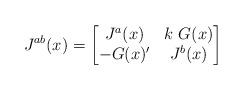
LaTeX: \begin{align*}J^{ab}(x) = \begin{bmatrix}J^a(x) & k \ G(x) \\ -G(x)' & J^b(x) \end{bmatrix}\end{align*}